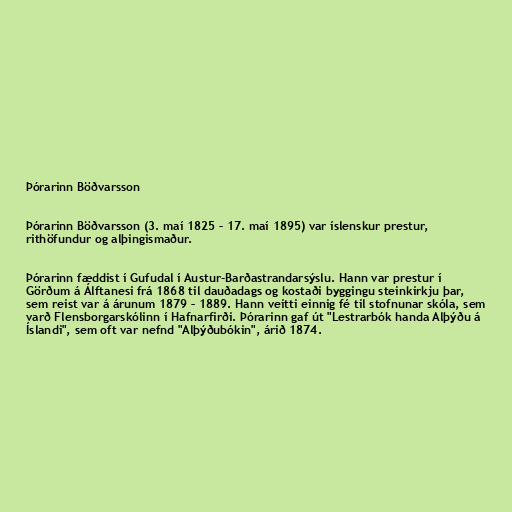
Þórarinn Böðvarsson

Þórarinn Böðvarsson (3. maí 1825 – 17. maí 1895) var íslenskur prestur,
rithöfundur og alþingismaður.

Þórarinn fæddist í Gufudal í Austur-Barðastrandarsýslu. Hann var prestur í
Görðum á Álftanesi frá 1868 til dauðadags og kostaði byggingu steinkirkju þar,
sem reist var á árunum 1879 – 1889. Hann veitti einnig fé til stofnunar skóla, sem
varð Flensborgarskólinn í Hafnarfirði. Þórarinn gaf út "Lestrarbók handa Alþýðu á
Íslandi", sem oft var nefnd "Alþýðubókin", árið 1874.